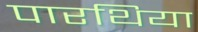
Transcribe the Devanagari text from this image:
पारथिया